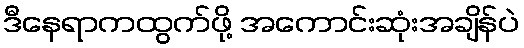
ဒီနေရာကထွက်ဖို့ အကောင်းဆုံးအချိန်ပဲ